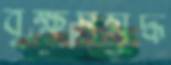
বৃক্ষসমৃদ্ধ